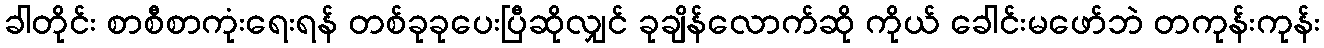
ခါတိုင်း စာစီစာကုံးရေးရန် တစ်ခုခုပေးပြီဆိုလျှင် ခုချိန်လောက်ဆို ကိုယ် ခေါင်းမဖော်ဘဲ တကုန်းကုန်း